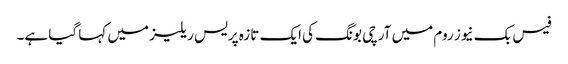
فیس بک نیوز روم میں آرچی بونگ کی ایک تازہ پریس ریلیز میں کہا گیا ہے۔